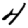
Digit: 4